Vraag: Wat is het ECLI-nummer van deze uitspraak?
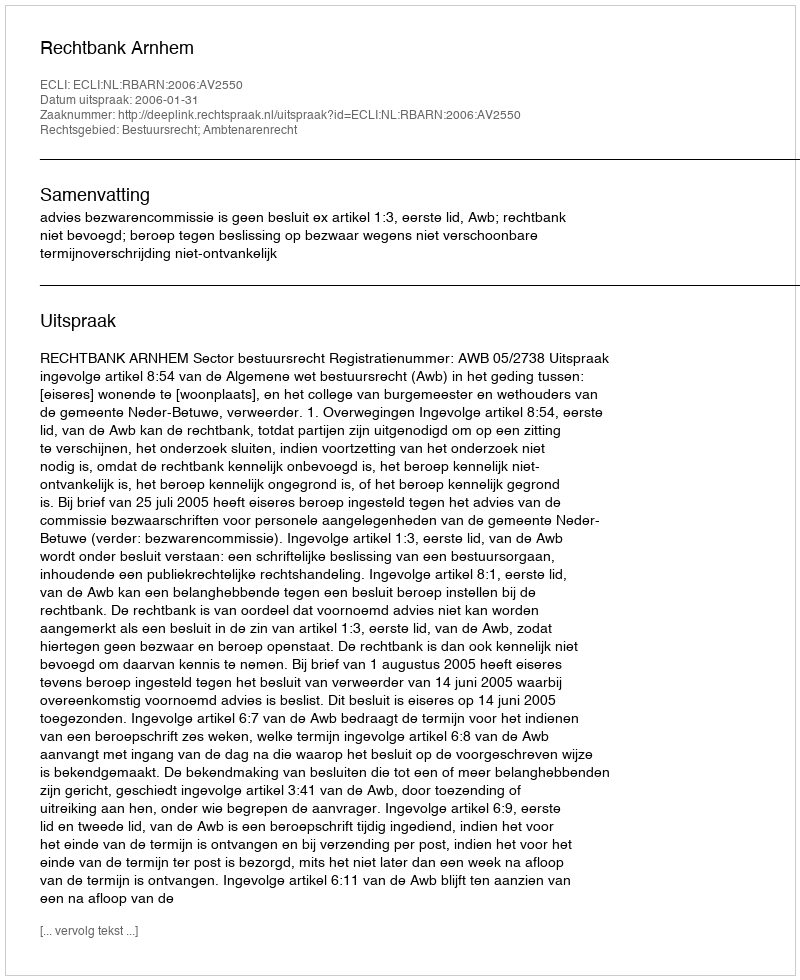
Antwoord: ECLI:NL:RBARN:2006:AV2550